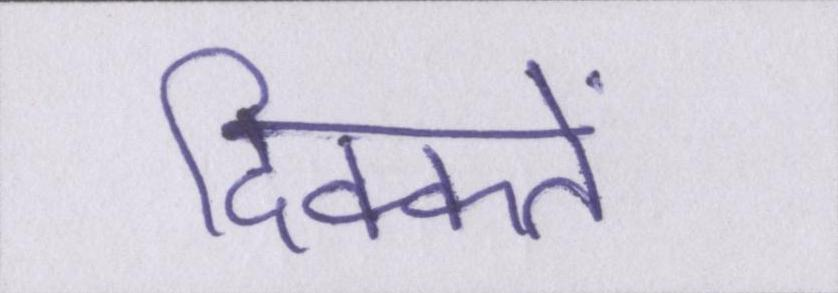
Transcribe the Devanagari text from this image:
दिक्कतें